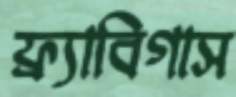
ফ্র্যাবিগাস